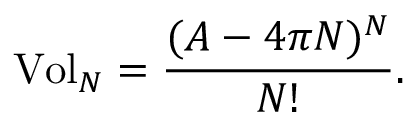
\mathrm { { V o l } } _ { N } = \frac { ( A - 4 \pi N ) ^ { N } } { N ! } .